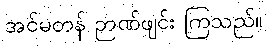
အင်မတန် ဉာဏ်ဖျင်း ကြသည်။